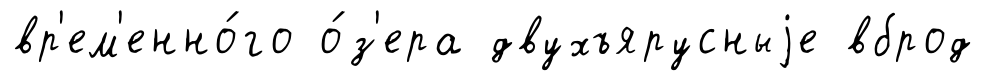
вр'ем'енно́го о́з'ера двухъярусныjе вброд